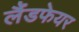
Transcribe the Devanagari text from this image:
लैंडफेयर